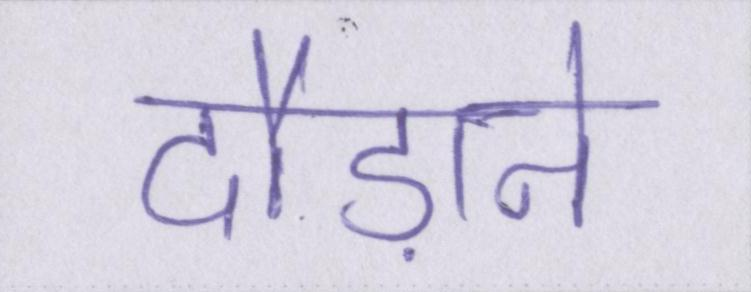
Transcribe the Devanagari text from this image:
दौड़ाने